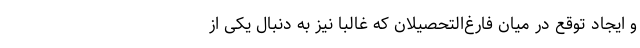
و ایجاد توقع در میان فارغ‌التحصیلان که غالبا نیز به دنبال یکی از